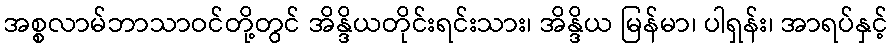
အစ္စလာမ်ဘာသာဝင်တို့တွင် အိန္ဒိယတိုင်းရင်းသား၊ အိန္ဒိယ မြန်မာ၊ ပါရှန်း၊ အာရပ်နှင့်